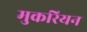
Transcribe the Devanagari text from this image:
मुकरियन